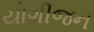
યોગીજન